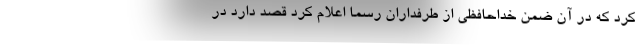
کرد که در آن ضمن خداحافظی از طرفداران رسما اعلام کرد قصد دارد در